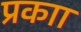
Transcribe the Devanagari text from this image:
प्रकाा